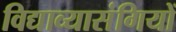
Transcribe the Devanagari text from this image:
विद्याव्यासंगियों